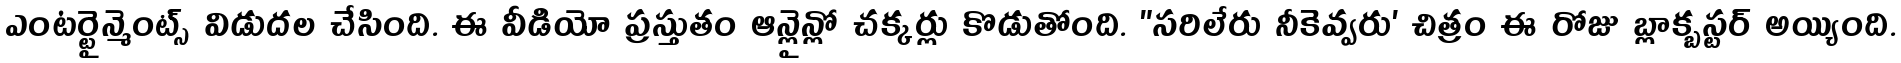
ఎంటర్టైన్మెంట్స్ విడుదల చేసింది. ఈ వీడియో ప్రస్తుతం ఆన్లైన్లో చక్కర్లు కొడుతోంది. "సరిలేరు నీకెవ్వరు' చిత్రం ఈ రోజు బ్లాక్బస్టర్ అయ్యింది.